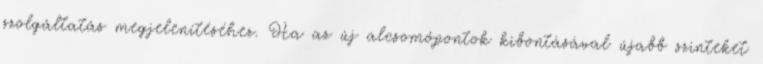
szolgáltatás megjelenítéséhez. Ha az új alcsomópontok kibontásával újabb szinteket